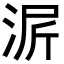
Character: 𬇳